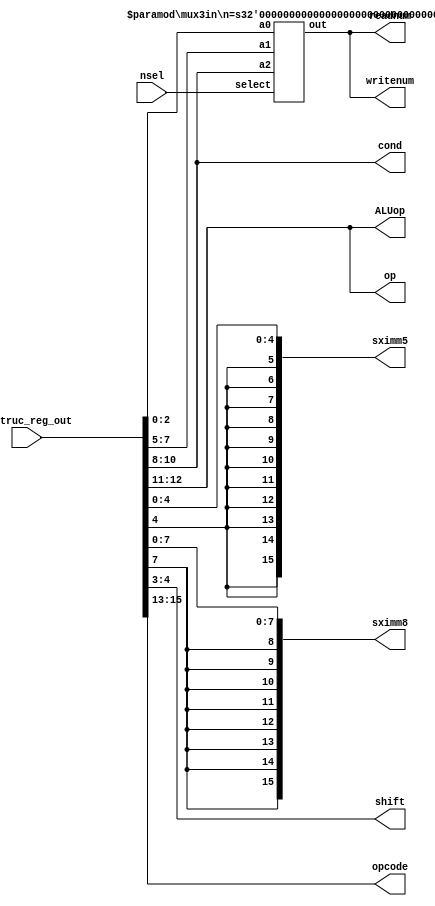
module instruction_decoder(instruc_reg_out, nsel, ALUop, sximm5, sximm8, shift, readnum, writenum, op, opcode, cond); //FIND BITSIZE OF NSEL
input [15:0] instruc_reg_out;
input [2:0] nsel;
output [1:0] ALUop, shift, op;
output [2:0] readnum, writenum, cond, opcode;
output [15:0] sximm5, sximm8;
wire [4:0] imm5;
wire [7:0] imm8;
wire [2:0] Rn, Rd, Rm, muxout;


assign imm5 = instruc_reg_out[4:0];
assign imm8 = instruc_reg_out[7:0];
assign shift = instruc_reg_out[4:3];
assign opcode = instruc_reg_out[15:13];
assign op = instruc_reg_out[12:11];

assign Rn = instruc_reg_out[10:8];
assign Rd = instruc_reg_out[7:5];
assign Rm = instruc_reg_out[2:0];

assign sximm5 = {{11{imm5[4]}}, imm5};
assign sximm8 = {{8{imm8[7]}}, imm8};

assign ALUop = instruc_reg_out[12:11];

mux3in #(3) mux_instruc(Rn, Rd, Rm, nsel, muxout);

assign readnum = muxout;
assign writenum = muxout;

assign cond = instruc_reg_out[10:8];

endmodule





  
module mux3in(a2, a1, a0, select ,out); 
parameter n = 3;
parameter m = 3;

input [m-1:0] select;
input [n-1:0] a2,a1,a0;
output [n-1:0] out;
wire  [n-1:0] in;
wire [m-1:0] select;
reg [n-1:0] out;


always@(*)begin
case(select)
3'b001: out =a0;
3'b010: out =a1;
3'b100: out = a2;
default: out ={n{1'bx}};
endcase
end
endmodule